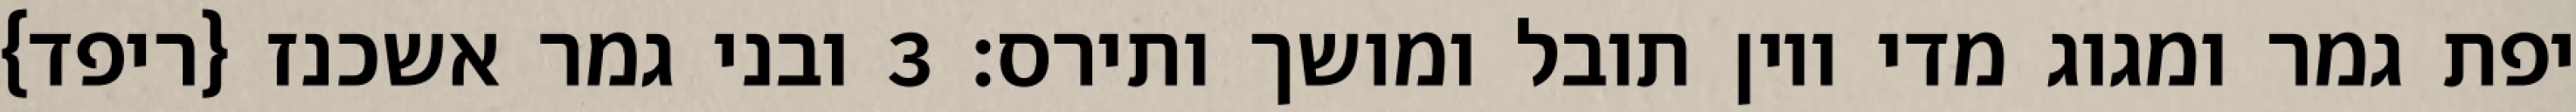
יפת גמר ומגוג מדי ויון תובל ומושך ותירס׃ ‎3‏ ובני גמר אשכנז {ריפד}